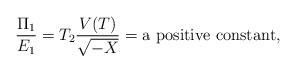
LaTeX: \begin{align*}\frac{\Pi_{1}}{E_{1}}=T_{2}\frac{V(T)}{\sqrt{-X}}={\rm a~positive~constant},\end{align*}